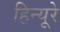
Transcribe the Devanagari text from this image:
हिन्यूरे